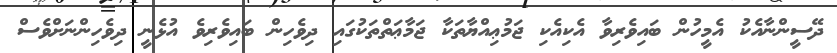
ދޭސީންނާއެކު އެމީހުން ބައިވެރިވާ އެކިއެކި ޖަމުޢިއްޔާތަކާ ޖަމާޢަތްތަކުގައި ދިވެހިން ބައިވެރިވެ އުޅެނީ ދިވެހިންނަށްވެސް